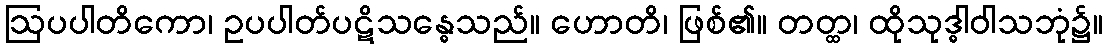
ဩပပါတိကော၊ ဥပပါတ်ပဋိသန္ဓေသည်။ ဟောတိ၊ ဖြစ်၏။ တတ္ထ၊ ထိုသုဒ္ဓါဝါသဘုံ၌။